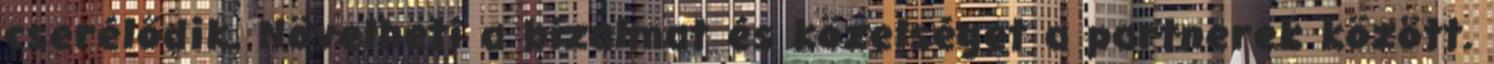
cserélődik. Növelheti a bizalmat és közelséget a partnerek között.